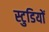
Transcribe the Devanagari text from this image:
स्टुडियों